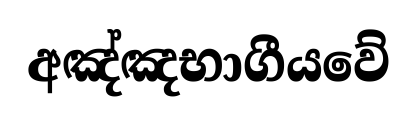
අඤ්ඤභාගීයවේ